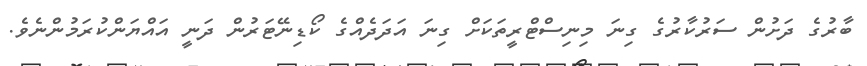
ބާރުގެ ދަށުން ސަރުކާރުގެ ގިނަ މިނިސްޓްރީތަކަށް ގިނަ އަދަދެއްގެ ކޯޑިނޭޓަރުން ދަނީ އައްޔަންކުރަމުންނެވެ.